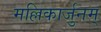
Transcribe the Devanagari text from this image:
मल्लिकार्जुनम्